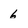
Character: 6